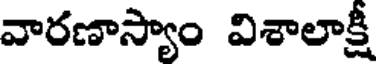
వారణాస్యాం విశాలాక్షీ